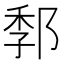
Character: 𰻭